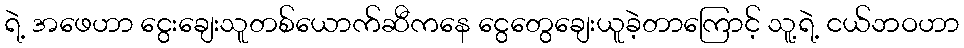
ရဲ့ အဖေဟာ ငွေးချေးသူတစ်ယောက်ဆီကနေ ငွေတွေချေးယူခဲ့တာကြောင့် သူ့ရဲ့ ငယ်ဘဝဟာ